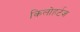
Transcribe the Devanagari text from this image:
किलोहर्टज